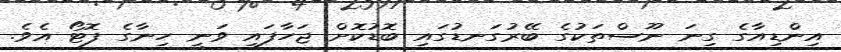
އިންޑިއާގެ ގިނަ ނޫސްތަކުގެ ބޭރުގަނޑުގައި ބޮޑުކޮށް ޖަހާފައި ވަނީ ހިނާގެ ފޮޓޯ އެވެ.